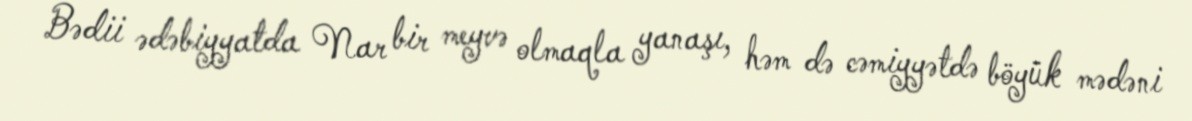
Bədii ədəbiyyatda Nar bir meyvə olmaqla yanaşı, həm də cəmiyyətdə böyük mədəni